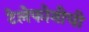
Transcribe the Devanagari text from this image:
टेलेफोनीची